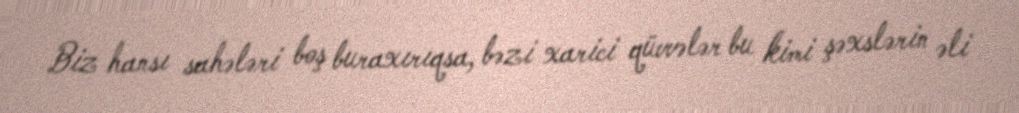
Biz hansı sahələri boş buraxırıqsa, bəzi xarici qüvvələr bu kimi şəxslərin əli